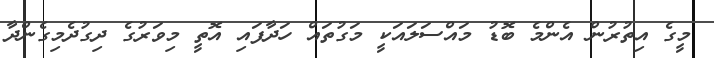
މީގެ އިތުރުން އެންމެ ބޮޑު މައްސަލައަކީ މަގުތައް ހަދާފައި އޮތީ މިވަރުގެ ދިގުދެމިގެންދާ